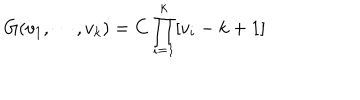
LaTeX: G ( v _ { 1 } , \cdots , v _ { k } ) = C \prod _ { i = 1 } ^ { k } [ v _ { i } - k + 1 ]